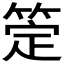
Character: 𬕖